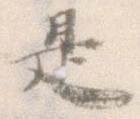
是